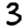
Digit: 3